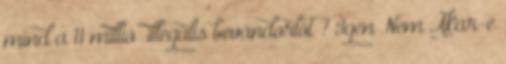
mind a 11 millió “illegális bevándorlót”? Igen Nem Akar-e